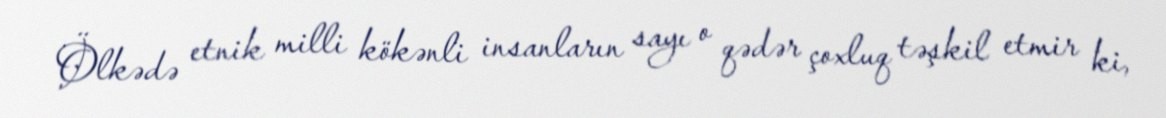
Ölkədə etnik milli kökənli insanların sayı o qədər çoxluq təşkil etmir ki,